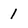
Character: 1